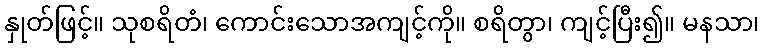
နှုတ်ဖြင့်။ သုစရိတံ၊ ကောင်းသောအကျင့်ကို။ စရိတွာ၊ ကျင့်ပြီး၍။ မနသာ၊